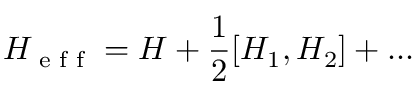
H _ { \textrm { e f f } } = H + \frac { 1 } { 2 } [ H _ { 1 } , H _ { 2 } ] + . . .